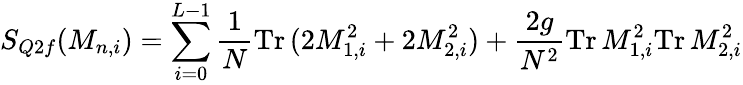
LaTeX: S_{Q2f}(M_{n,i})=\sum_{i=0}^{L-1}\frac{1}{N}\mathrm{Tr}\, (2M_{1,i}^{2}+2M_{2,i}^{2})+\frac{2g}{N^{2}}\mathrm{Tr}\, M_{1,i}^{2}\mathrm{Tr}\, M_{2,i}^{2}